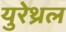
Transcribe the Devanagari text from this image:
युरेथ्रल